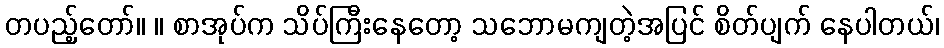
တပည့်တော်။ ။ စာအုပ်က သိပ်ကြီးနေတော့ သဘောမကျတဲ့အပြင် စိတ်ပျက် နေပါတယ်၊